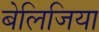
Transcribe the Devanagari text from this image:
बेलिजिया